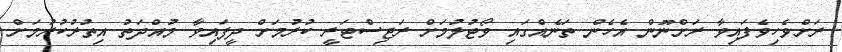
ރަށްވެހިވެފައިވާ ރަށްނޫން އެހެން ތަނެއްގައި ވޯޓުލުމަށް ރަޖިސްޓަރީ ކުރުމަށް ދީފައިވާ މުއްދަތު އިތުރުކުރުމަށް